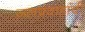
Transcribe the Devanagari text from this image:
जलप्रवाहांची